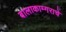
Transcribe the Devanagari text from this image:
बालाकाम्गराचे